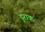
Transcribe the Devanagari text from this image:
दुराक